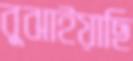
বুঝাইয়াছি